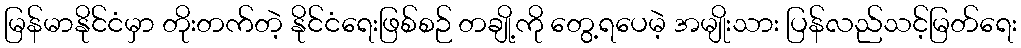
မြန်မာနိုင်ငံမှာ တိုးတက်တဲ့ နိုင်ငံရေးဖြစ်စဉ် တချို့ကို တွေ့ရပေမဲ့ အမျိုးသား ပြန်လည်သင့်မြတ်ရေး